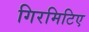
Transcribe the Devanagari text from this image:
गिरमिटिए